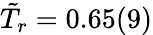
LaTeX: \tilde{T}_{r}=0.65(9)